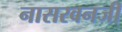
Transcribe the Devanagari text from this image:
नासरवनजी